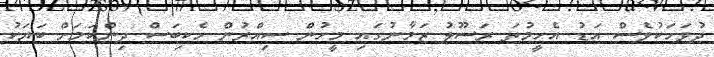
ދުވަހަކުވެސް އަޑު އެހީމުތަ ރަސޫލު ޒަމާނުގައި މީހުން ސިއްރުން ހެކިބަސް ދިންކަމަށް ބަޔަކު